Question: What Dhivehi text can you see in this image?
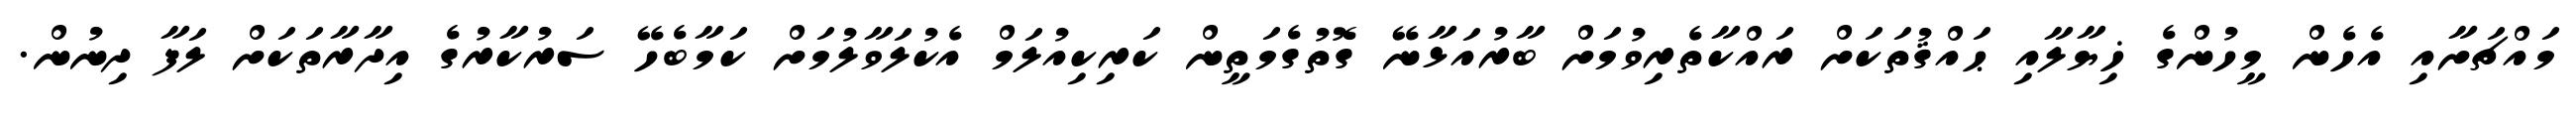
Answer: މައްޗަށާއި އެހެން މީހުންގެ ޚިޔާލާއި ޙައްޤުތަކަށް ރައްކާތެރިވުމަށް ބާރުއަޅާނޭ ގޮތުގެމަތީން ކަރިކިއުލަމް އެކުލަވާލުމަށް ކަމާބެހޭ ސަރުކާރުގެ އިދާރާތަކަށް ލަފާ ދިނުން.